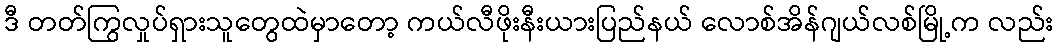
ဒီ တတ်ကြွလှုပ်ရှားသူတွေထဲမှာတော့ ကယ်လီဖိုးနီးယားပြည်နယ် လောစ်အိန်ဂျယ်လစ်မြို့က လည်း